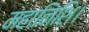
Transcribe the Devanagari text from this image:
महानिशि।